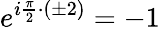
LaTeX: e^{i\frac{\pi}{2}\cdot(\pm 2)}=-1